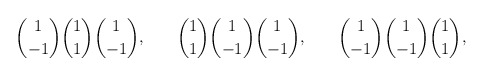
\begin{align*}{1\choose -1} {1\choose 1} {1 \choose -1},\,\,\,\,\,\,\,\,\,\,\,{1\choose 1} {1\choose -1} {1 \choose -1},\,\,\,\,\,\,\,\,\,\,\,{1\choose -1} {1\choose -1} {1 \choose 1},\end{align*}